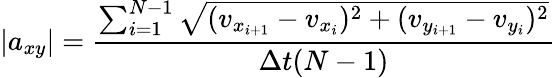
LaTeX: |a_{xy}|=\frac{\sum_{i=1}^{N-1}\sqrt{(v_{{x}_{i+1}}-v_{{x}_{i}})^{2}+(v_{{y}_{i+1}}-v_{{y}_{i}})^{2}}}{\Delta t(N-1)}